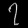
Digit: ၇